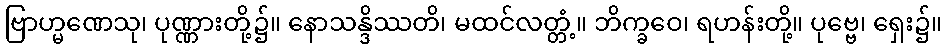
ဗြာဟ္မဏေသု၊ ပုဏ္ဏားတို့၌။ နောသန္ဒိဿတိ၊ မထင်လတ္တံ့။ ဘိက္ခဝေ၊ ရဟန်းတို့။ ပုဗ္ဗေ၊ ရှေး၌။